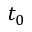
t _ { 0 }